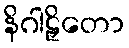
နိဂါဠှိတော